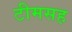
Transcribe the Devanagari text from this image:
टीमसह